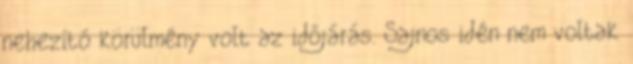
nehezítő körülmény volt az időjárás. Sajnos idén nem voltak